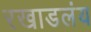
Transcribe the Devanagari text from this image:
रखाडलंय